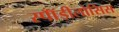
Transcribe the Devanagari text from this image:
स्पॉँडीलोसिस